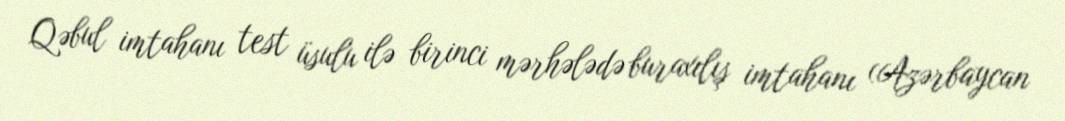
Qəbul imtahanı test üsulu ilə birinci mərhələdə buraxılış imtahanı (Azərbaycan